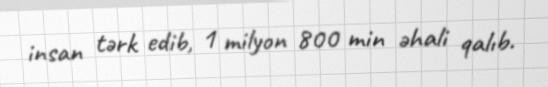
insan tərk edib, 1 milyon 800 min əhali qalıb.